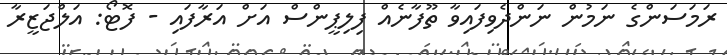
ރަމަސަަންގެ ނަމުން ނަންދެވިފައިވާ ތޫފާނެއް ފިލިޕީންސް އަށް އަރާފައި - ފޮޓޯ: އަލްޖަޒީރާ